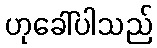
ဟုခေါ်ပါသည်